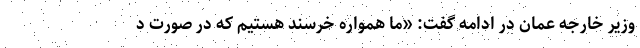
وزیر خارجه عمان در ادامه گفت: «ما همواره خرسند هستیم که در صورت د